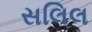
સલિલ